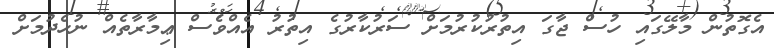
އެގޮތުން މާލޭގައި ހުސް ޖާގަ އިތުރުކުރުމަށް ސަރުކާރުގެ އިތުރު އެއްވެސް ޢިމާރާތެއް ނުހެދުމަށް